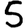
Digit: 5